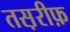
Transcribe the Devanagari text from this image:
तस़रीफ़